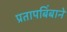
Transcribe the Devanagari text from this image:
प्रतापबिंबाने